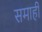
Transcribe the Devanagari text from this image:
समाही